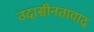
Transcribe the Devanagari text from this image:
उदासीनतावाद